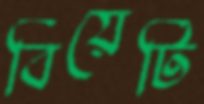
বিয়েটি